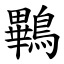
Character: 鷝